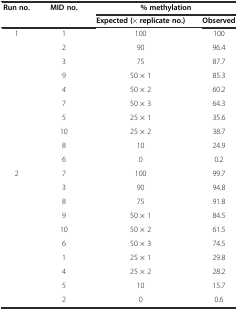
| <ROWSPAN=2> Run no. | <ROWSPAN=2> MID no. | <COLSPAN=2> % methylation |
 | Expected (× replicate no.) | Observed |
 | --- | --- | --- | --- |
 | <ROWSPAN=10> 1 | 1 | 100 | 100 |
 | 2 | 90 | 96.4 |
 | 3 | 75 | 87.7 |
 | 9 | 50 × 1 | 85.3 |
 | 4 | 50 × 2 | 60.2 |
 | 7 | 50 × 3 | 64.3 |
 | 5 | 25 × 1 | 35.6 |
 | 10 | 25 × 2 | 38.7 |
 | 8 | 10 | 24.9 |
 | 6 | 0 | 0.2 |
 | <ROWSPAN=10> 2 | 7 | 100 | 99.7 |
 | 3 | 90 | 94.8 |
 | 8 | 75 | 91.8 |
 | 9 | 50 × 1 | 84.5 |
 | 10 | 50 × 2 | 61.5 |
 | 6 | 50 × 3 | 74.5 |
 | 1 | 25 × 1 | 29.8 |
 | 4 | 25 × 2 | 28.2 |
 | 5 | 10 | 15.7 |
 | 2 | 0 | 0.6 |